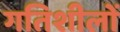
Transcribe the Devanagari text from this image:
गतिशीलों